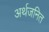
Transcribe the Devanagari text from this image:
अर्थजनित